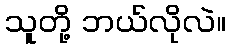
သူတို့ ဘယ်လိုလဲ။